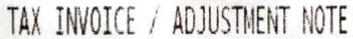
TAX INVOICE / ADJUSTMENT NOTE